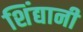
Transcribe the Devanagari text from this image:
शिंद्यानी